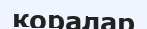
қоралар